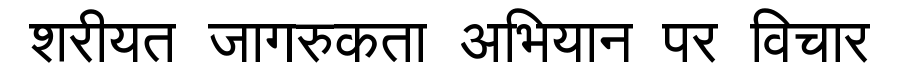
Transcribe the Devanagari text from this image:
शरीयत जागरुकता अभियान पर विचार